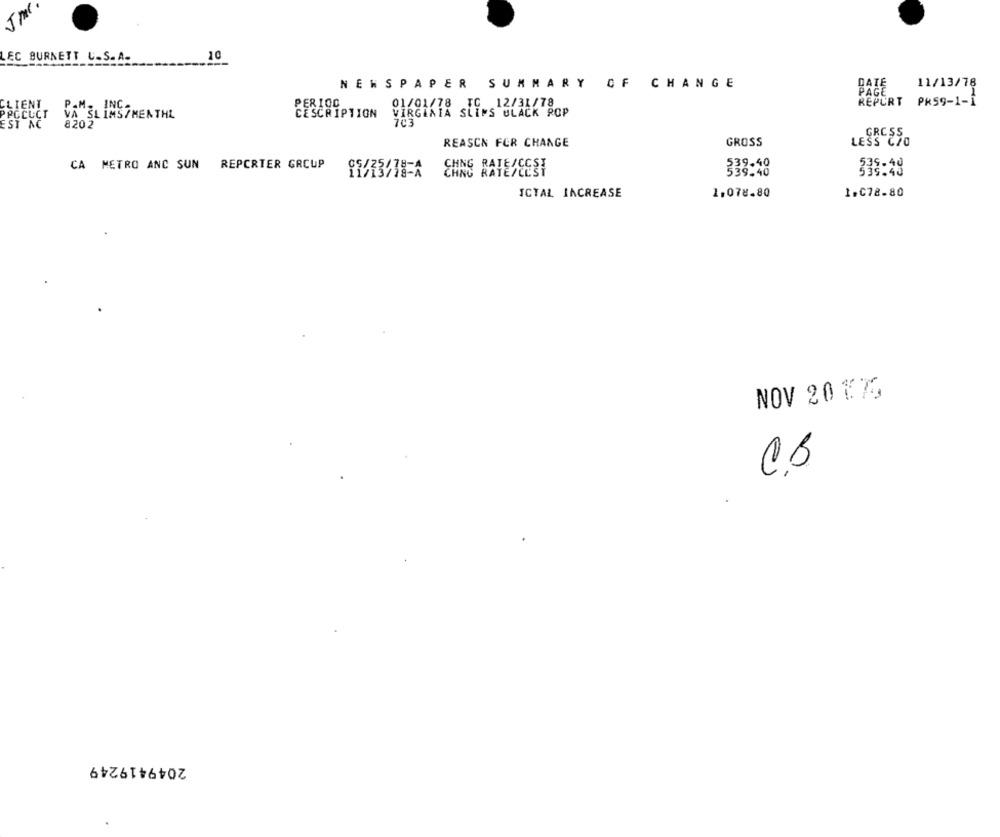
EC BURNETT U.S.A.
10
NEWSPAPER SUMMARY OF CHANGE
11/13/78
DATE
01/01/78 TC 12/31/78
REPURT
PR59-1-1
CLIENT
P.M. INC.
PPCCUCT
VA SLIMS/MENTHE
CESCRIPTION
VIRGINIA SLIMS ULACK ROP
EST MC
8202
743
REASCN FOR CHANGE
GROSS
LESS CIO
CA METRO ANC SUN REPORTER GROUP
539-40
338-48
CHNG RATE/CEST
ICTAL INCREASE
1.078.80
1.078.80
NOV 20 1.75
2049419249